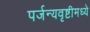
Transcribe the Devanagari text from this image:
पर्जन्यवृष्टीमध्ये